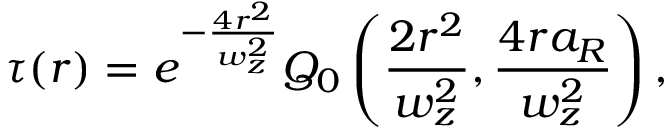
\tau ( r ) = e ^ { - \frac { 4 r ^ { 2 } } { w _ { z } ^ { 2 } } } Q _ { 0 } \left( \frac { 2 r ^ { 2 } } { w _ { z } ^ { 2 } } , \frac { 4 r a _ { R } } { w _ { z } ^ { 2 } } \right) ,